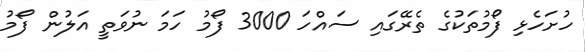
ހުށަހެޅި ފޯމުތަކުގެ ތެރޭގައި ސައްހަ 3000 ފޯމު ހަމަ ނުވަތީ އަލުން ފޯމު